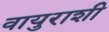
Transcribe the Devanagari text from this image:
वायुराशी